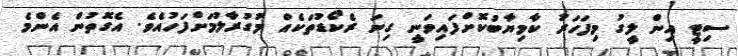
ސިޓީ އިން ލީގު މިފަހަރު ކާމިޔާބުކޮށްފައިވަނީ ގިނަ ރެކޯޑުތަކެއް މުގުރާލުމަށްފަހުއެވެ. އެގޮތުން އެންމެ